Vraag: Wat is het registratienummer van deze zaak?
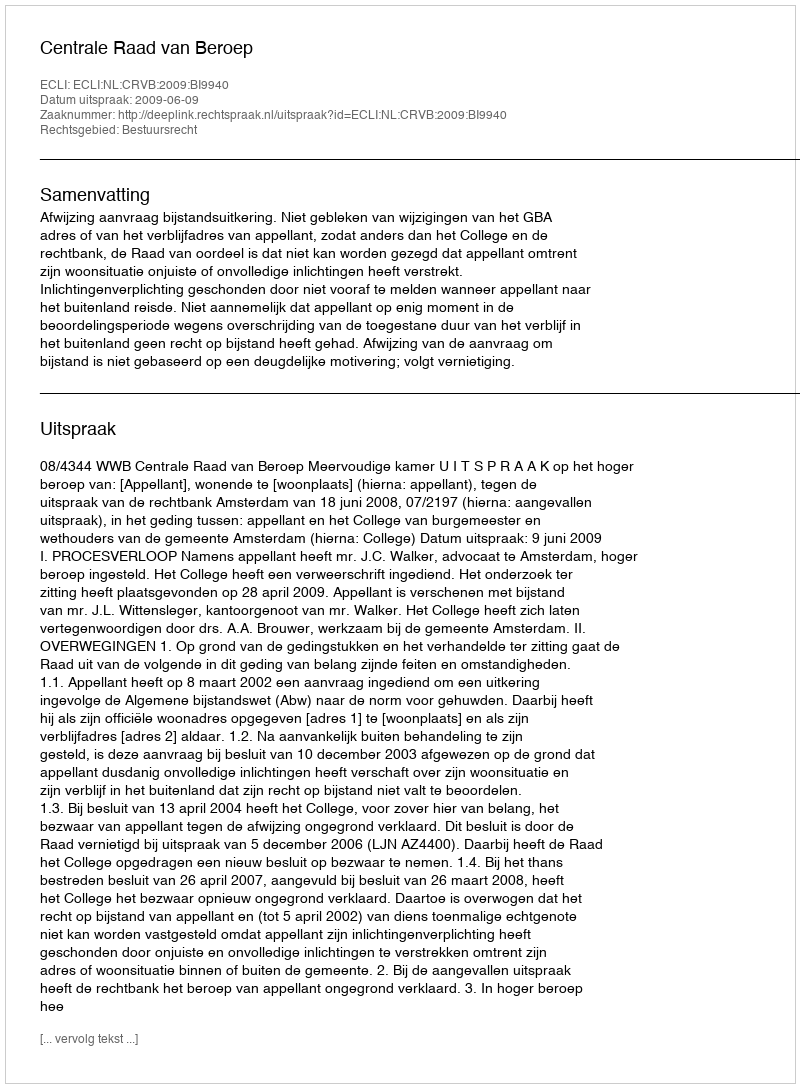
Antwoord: http://deeplink.rechtspraak.nl/uitspraak?id=ECLI:NL:CRVB:2009:BI9940